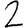
Digit: 2